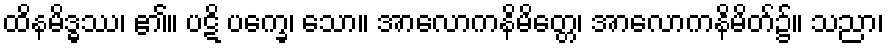
ထိနမိဒ္ဓဿ၊ ၏။ ပဋိ ပက္ခေ၊ သော။ အာလောကနိမိတ္တေ၊ အာလောကနိမိတ်၌။ သညာ၊